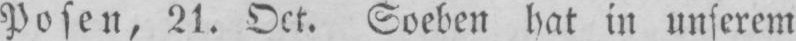
Posen, 21. Oct. Soeben hat in unserem